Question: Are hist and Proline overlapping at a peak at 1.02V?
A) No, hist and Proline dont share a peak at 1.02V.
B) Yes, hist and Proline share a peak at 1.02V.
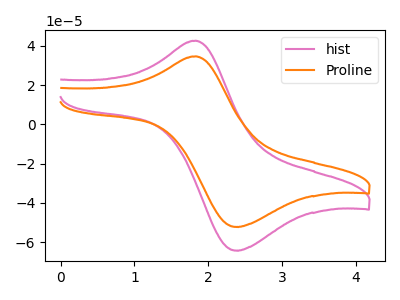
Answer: <think>The pink curve "hist" has an anodic peak at (1.85V, 42.60uA) and a cathodic peak at (2.35V, -64.30uA). The orange curve "Proline" has an anodic peak at (1.85V, 34.60uA) and a cathodic peak at (2.35V, -52.25uA).</think>
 <answer>A) No, "hist" and "Proline" dont share a peak at 1.02V.</answer>
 <eval>A</eval>